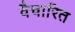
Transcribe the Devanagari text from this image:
वैचारित